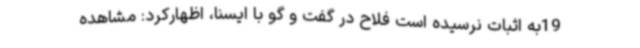
19به اثبات نرسیده است فلاح در گفت و گو با ایسنا، اظهارکرد: مشاهده